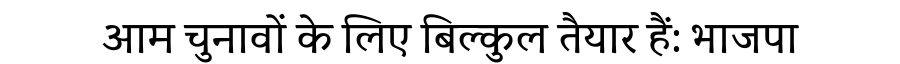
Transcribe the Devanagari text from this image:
आम चुनावों के लिए बिल्कुल तैयार हैं: भाजपा